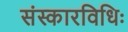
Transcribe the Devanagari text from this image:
संस्कारविधिः